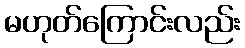
မဟုတ်ကြောင်းလည်း